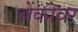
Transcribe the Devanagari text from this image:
वेंकोवर